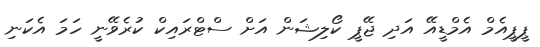
ޕީޕީއެމް އެމްޑީއޭ އަދި ޖޭޕީ ކޯލިޝަން އަށް ސްޓްރައިކް ކުރެވޭނީ ހަމަ އެކަނި